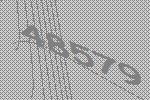
48579